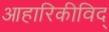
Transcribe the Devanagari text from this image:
आहारिकीविद्